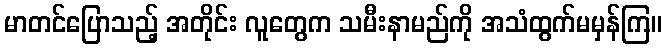
မာတင်ပြောသည့် အတိုင်း လူတွေက သမီးနာမည်ကို အသံထွက်မမှန်ကြ။